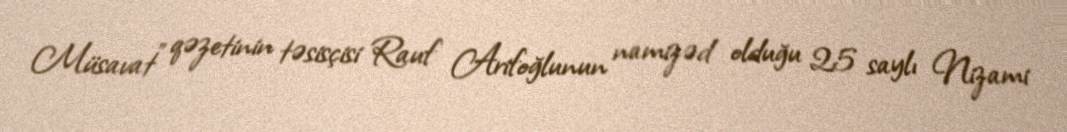
Müsavat” qəzetinin təsisçisi Rauf Arifoğlunun namizəd olduğu 25 saylı Nizami